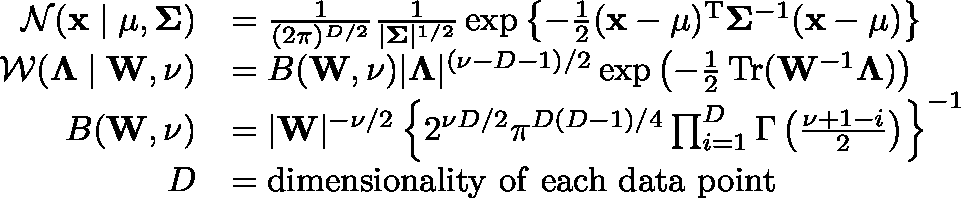
{ \begin{array} { r l } { { \mathcal { N } } ( \mathbf { x } \mid \mathbf { \mu } , \mathbf { \Sigma } ) } & { = { \frac { 1 } { ( 2 \pi ) ^ { D / 2 } } } { \frac { 1 } { | \mathbf { \Sigma } | ^ { 1 / 2 } } } \exp \left\{ - { \frac { 1 } { 2 } } ( \mathbf { x } - \mathbf { \mu } ) ^ { \mathrm { { T } } } \mathbf { \Sigma } ^ { - 1 } ( \mathbf { x } - \mathbf { \mu } ) \right\} } \\ { { \mathcal { W } } ( \mathbf { \Lambda } \mid \mathbf { W } , \nu ) } & { = B ( \mathbf { W } , \nu ) | \mathbf { \Lambda } | ^ { ( \nu - D - 1 ) / 2 } \exp \left( - { \frac { 1 } { 2 } } \operatorname { T r } ( \mathbf { W } ^ { - 1 } \mathbf { \Lambda } ) \right) } \\ { B ( \mathbf { W } , \nu ) } & { = | \mathbf { W } | ^ { - \nu / 2 } \left\{ 2 ^ { \nu D / 2 } \pi ^ { D ( D - 1 ) / 4 } \prod _ { i = 1 } ^ { D } \Gamma \left( { \frac { \nu + 1 - i } { 2 } } \right) \right\} ^ { - 1 } } \\ { D } & { = { \mathrm { d i m e n s i o n a l i t y ~ o f ~ e a c h ~ d a t a ~ p o i n t } } } \end{array} }